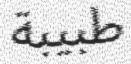
طبيبة